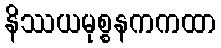
နိဿယမုစ္စနကကထာ